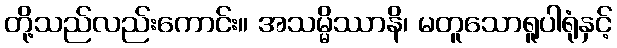
တို့သည်လည်းကောင်း။ အသမ္မိဿာနိ၊ မတူသောရူပါရုံနှင့်